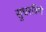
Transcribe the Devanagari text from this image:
सुधरविणे